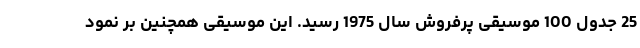
25 جدول 100 موسیقی پرفروش سال 1975 رسید. این موسیقی همچنین بر نمود